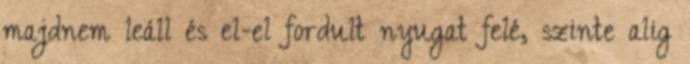
majdnem leáll és el-el fordult nyugat felé, szinte alig